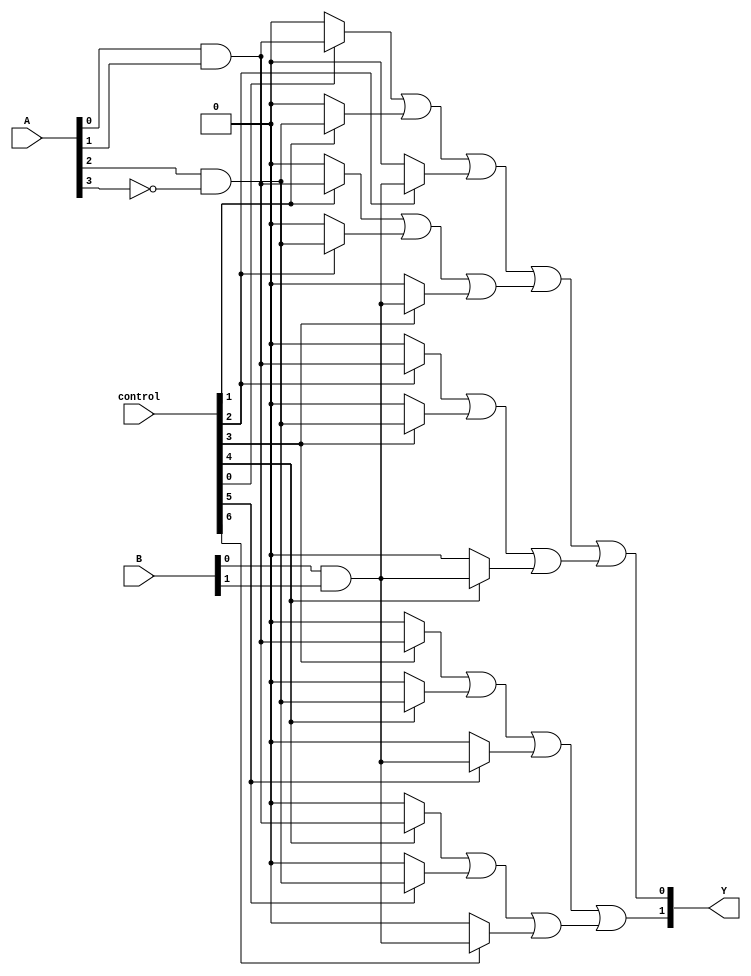
module FusedPAL (
    input wire [N-1:0] A,        // Input lines (N inputs)
    input wire [M-1:0] B,        // Additional input lines (if needed)
    input wire [P-1:0] control,   // Control signals for programming AND array
    output wire [O-1:0] Y         // Output lines (O outputs)
);
    parameter N = 4;              // Number of input lines
    parameter M = 2;              // Number of additional input lines (if needed)
    parameter P = 8;              // Number of control signals
    parameter O = 2;              // Number of output lines
    parameter AND_GATE_COUNT = 8; // Number of AND gates

    // Internal wires for AND gate outputs
    wire [AND_GATE_COUNT-1:0] and_out;

    // Programmable AND array
    genvar i;
    generate
        for (i = 0; i < AND_GATE_COUNT; i = i + 1) begin : and_array
            assign and_out[i] = (control[i] ? (A[0] & A[1]) : 1'b0) | // Example logic
                                 (control[i+1] ? (A[2] & ~A[3]) : 1'b0) |
                                 (control[i+2] ? (B[0] & B[1]) : 1'b0);
        end
    endgenerate

    // Fused OR array
    assign Y[0] = and_out[0] | and_out[1] | and_out[2]; // Output 0
    assign Y[1] = and_out[3] | and_out[4];               // Output 1

endmodule